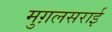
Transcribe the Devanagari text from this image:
मुग़लसराई